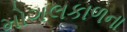
મોગલકાળના